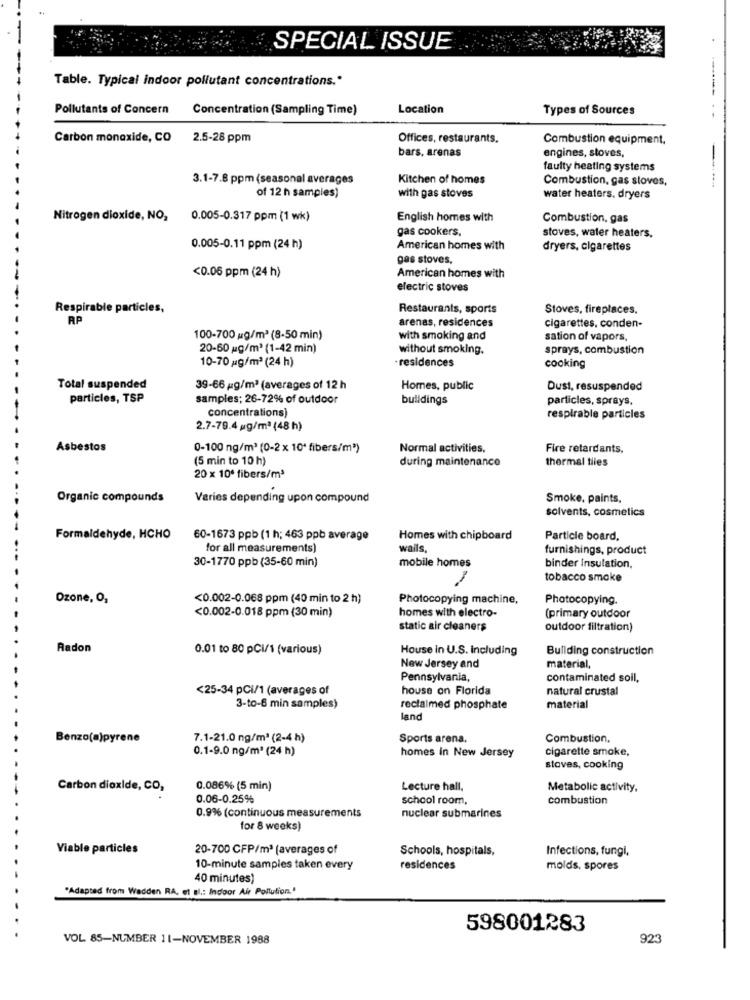
SPECIAL ISSUE
----
Table. Typical indoor pollutant concentrations .*
Pollutants of Concern
Concentration (Sampling Time)
Location
Types of Sources
-- .-
Carbon monoxide, CO 2.5-28 ppm
Offices, restaurants.
Combustion equipment.
bars, arenas
engines, stoves,
faulty heating systems
3.1-7.8 ppm (seasonal averages
Kitchen of homes
Combustion, gas sloves,
of 12 h samples)
with gas stoves
water heaters. dryers
Nitrogen dioxide, NO,
0.005-0.317 ppm (1 wk)
English homes with
Combustion, gas
gas cookers.
stoves, water heaters,
0.005-0.11 ppm (24 h)
American homes with
dryers, cigarettes
gas stoves.
<0.06 ppm (24 h)
American homes with
electric stoves
Respirable particles,
Restaurants, sports
Stoves, fireplaces,
RP
arenas, residences
cigarettes, conden-
100-700 g/m2 (8-50 min)
with smoking and
sation of vapors,
20-60 g/m3 (1-42 min)
without smoking.
sprays, combustion
10-70 g/m3 (24 h)
· residences
cooking
Total suspended
39-66 g/m3 (averages of 12 h
Homes, public
Dust, resuspended
particles, TSP
samples; 26-72% of outdoor
buildings
particles, sprays
concentrations)
respirable particles
2.7-79.4 mg/m3 (48 h)
Asbestos
0-100 ng/m3 (0-2 x 10' fibers/m3)
Normal activities.
Fire retardants.
(5 min to 10 h)
during maintenance
thermal tiles
20 x 10º fibers/m3
Organic compounds
Varies depending upon compound
Smoke, paints,
solvents, cosmetics
Formaldehyde, HCHO
60-1673 ppb (1 h; 463 ppb average
Homes with chipboard
Particle board.
for all measurements)
wails
furnishings, product
30-1770 ppb (35-60 min)
mobile homes
binder Insulation.
tobacco smoke
Ozone, O,
<0.002-0.068 ppm (40 min to 2 h)
Photocopying machine,
Photocopying.
homes with electro-
<0.002-0.018 ppm (30 min)
(primary outdoor
static air cleaners
outdoor filtration)
Radon
0.01 to 80 pCi/1 (various)
House in U.S. Including
Buliding construction
New Jersey and
material,
Pennsylvania,
contaminated soil,
<25-34 pCi/1 (averages of
house on Florida
natural crustal
3-to-6 min samples)
reclaimed phosphate
material
land
Benzo(a)pyrene
7.1-21.0 ng/m3 (2-4 h)
Sports arena.
Combustion.
0.1-9.0 ng/m2 (24 h)
homes in New Jersey
cigarette smoke,
stoves, cooking
Carbon dioxide, CO,
0.086% (5 min)
Lecture hall,
Metabolic activity,
0.06-0.25%
school room,
combustion
0.9% (continuous measurements
nuclear submarines
for 8 weeks)
Viable particles
20-700 CFP/m3 (averages of
Schools, hospitals,
Infections, fungi,
10-minute samples taken every
residences
molds, spores
40 minutes)
"Adapted from Wadden RA, et al .: Indoor Air Pollution.'
598001283
VOL 85-NUMBER 11-NOVEMBER 1988
923